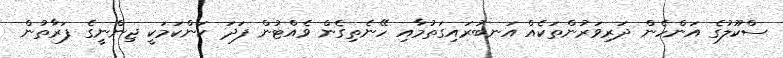
ސްކޫލުގެ އަންހެން ދަރިވަރުންތަކެއް އަނބުރައިގަތުމާއި ހޭނެތިގެން ވެއްޓުން ފަދަ ކަންކަމަކީ ޖިންނީގެ ފަރާތުން